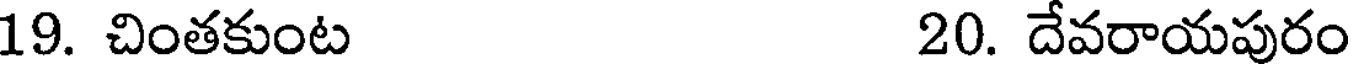
19. చింతకుంట 20. దేవరాయపురం